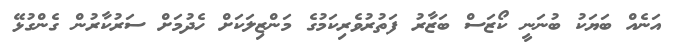
އަނެއް ބަޔަކު ބުނަނީ ކޯޒަސް ބަޒާރު ފަތުރުވެރިކަމުގެ މަންޒިލަކަށް ހެދުމަށް ސަރުކާރުން ގެންގުޅޭ